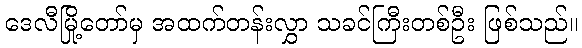
ဒေလီမြို့တော်မှ အထက်တန်းလွှာ သခင်ကြီးတစ်ဦး ဖြစ်သည်။